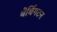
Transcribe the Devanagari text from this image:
बेबिंगटन